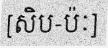
[សិប-ប៉ៈ]